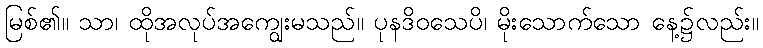
မြစ်၏။ သာ၊ ထိုအလုပ်အကျွေးမသည်။ ပုနဒိဝသေပိ၊ မိုးသောက်သော နေ့၌လည်း။